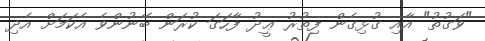
"ވަގުތު" އާއި ގުޅިގެން ފިތުރު ޢީދު ފާހަގަ ކުރަން ބޭނުންވެ އެކަމަށް އެދި